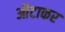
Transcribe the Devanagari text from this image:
औटाकर